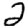
Digit: 2